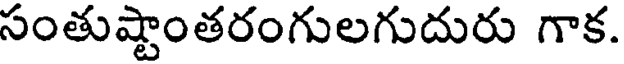
సంతుష్టాంతరంగులగుదురు గాక.